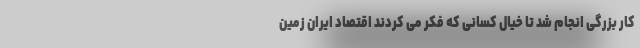
کار بزرگی انجام شد تا خیال کسانی که فکر می کردند اقتصاد ایران زمین